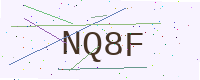
Text: NQ8F